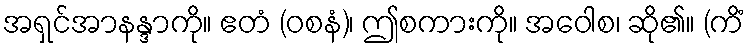
အရှင်အာနန္ဒာကို။ ဧတံ (ဝစနံ)၊ ဤစကားကို။ အဝေါစ၊ ဆို၏။ (ကိံ